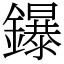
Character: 鑤